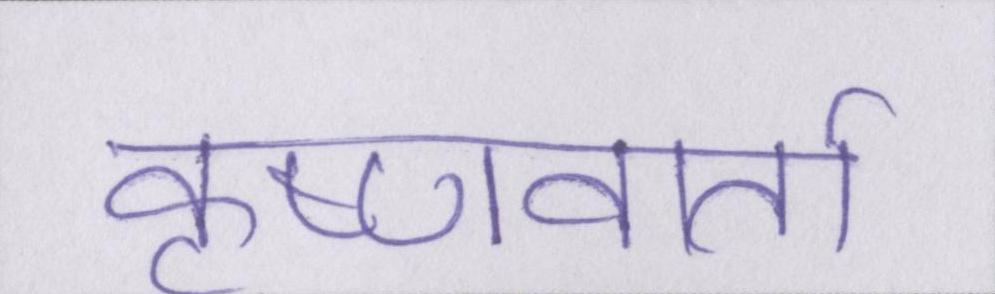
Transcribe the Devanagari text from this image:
कृष्णवार्ता